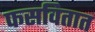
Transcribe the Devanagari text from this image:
फसवितात